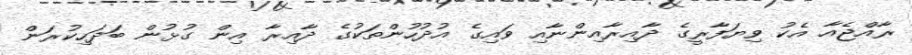
ރާއްޖެއާ އެކު ވިޔަފާރީގެ ދާއިރާއިންނާއި ވައިގެ އުދުހުންތަކުގެ ދާއިރާ އިން ގުޅުން ބަދަހިކުރަން